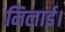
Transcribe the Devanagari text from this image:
मिलाई।